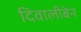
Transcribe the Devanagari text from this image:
दिवालीबेन